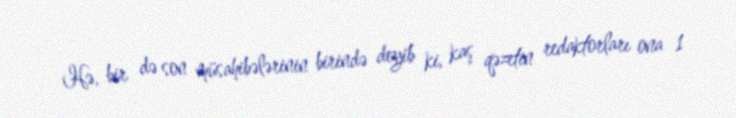
Hə, bir də son müsahibələrinin birində deyib ki, kaş qəzetin redaktorları ona 1